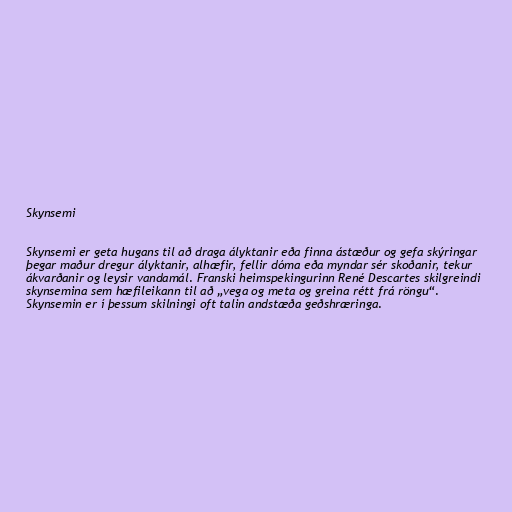
Skynsemi

Skynsemi er geta hugans til að draga ályktanir eða finna ástæður og gefa skýringar
þegar maður dregur ályktanir, alhæfir, fellir dóma eða myndar sér skoðanir, tekur
ákvarðanir og leysir vandamál. Franski heimspekingurinn René Descartes skilgreindi
skynsemina sem hæfileikann til að „vega og meta og greina rétt frá röngu“.
Skynsemin er í þessum skilningi oft talin andstæða geðshræringa.